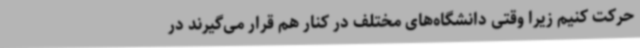
حرکت کنیم زیرا وقتی دانشگاه‌های مختلف در کنار هم قرار می‌گیرند در